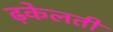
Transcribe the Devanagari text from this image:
ढ़केलती